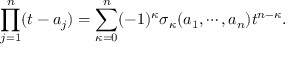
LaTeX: \prod _ { j = 1 } ^ { n } ( t - a _ { j } ) = \sum _ { \kappa = 0 } ^ { n } ( - 1 ) ^ { \kappa } \sigma _ { \kappa } ( a _ { 1 } , \cdots , a _ { n } ) t ^ { n - \kappa } .